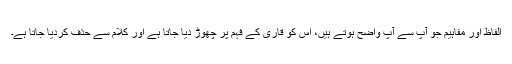
الفاظ اور مفاہیم جو آپ سے آپ واضح ہوتے ہیں، اس کو قاری کے فہم پر چھوڑ دیا جاتا ہے اور کلام سے حذف کردیا جاتا ہے۔